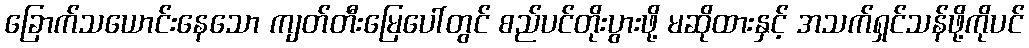
ခြောက်သယောင်းနေသော ကျတ်တီးမြေပေါ်တွင် စည်ပင်တိုးပွားဖို့ မဆိုထားနှင့် အသက်ရှင်သန်ဖို့ကိုပင်